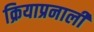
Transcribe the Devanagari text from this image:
क्रियाप्रनाली